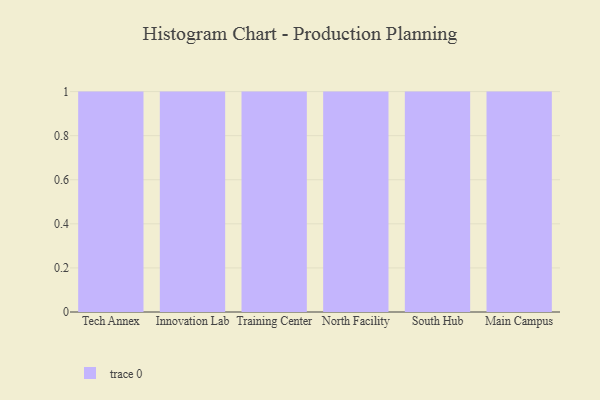
{"axis": {"x": "Campus", "y": "Population (Million)"}, "legend": [""], "data": [{"x": "Tech Annex", "y": 100, "type": ""}, {"x": "Innovation Lab", "y": 73, "type": ""}, {"x": "Training Center", "y": 92, "type": ""}, {"x": "North Facility", "y": 59, "type": ""}, {"x": "South Hub", "y": 31, "type": ""}, {"x": "Main Campus", "y": 77, "type": ""}]}